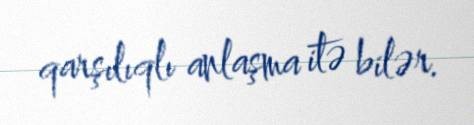
qarşılıqlı anlaşma itə bilər.